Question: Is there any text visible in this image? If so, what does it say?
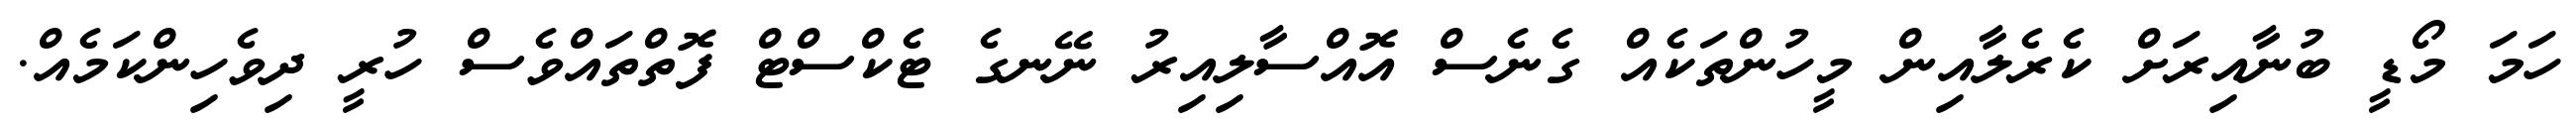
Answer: ހަމަ މޯޑީ ބުނާއިރަށް ކެރެލާއިން މީހުންތަކެއް ގެނެސް އޮއްސާލިއިރު ނޭނގެ ޓެކްސްޓް ފޮތްތައްވެސް ހުރީ ދިވެހިންކަމެއް.